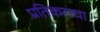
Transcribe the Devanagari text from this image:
प्रतिकराचा